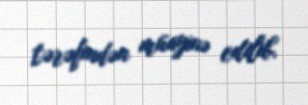
tərəfindən müayinə edilib.